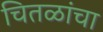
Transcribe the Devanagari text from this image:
चितळांचा